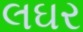
લઘર